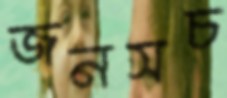
জনসচ